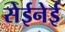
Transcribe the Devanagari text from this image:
सेईनेई